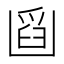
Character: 𠚘